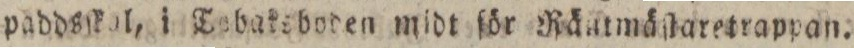
paddsſkol, i Tobaksboden midt för Räntmäſtaretrappan.